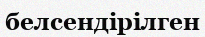
белсендірілген